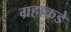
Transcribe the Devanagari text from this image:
ग्रहाकडे